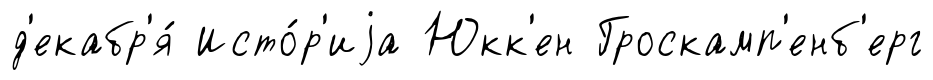
д'екабр'я́ Исто́р'иjа Юкк'ен Гроскамп'енб'ерг